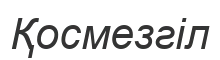
Қосмезгіл